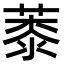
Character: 𦸓